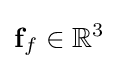
\mathbf {f} _{f}\in \mathbb {R} ^{3}